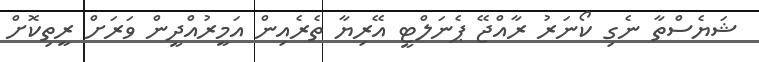
ޝަޔެސްތާ ނެގި ކޯނަރު ރާއްޖޭ ޕެނަލްޓީ އޭރިޔާ ތެރެއިން އަމީރުއްދީން ވަރަށް ރީތިކޮށް